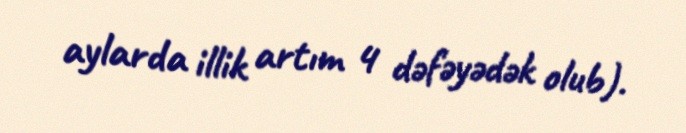
aylarda illik artım 4 dəfəyədək olub).